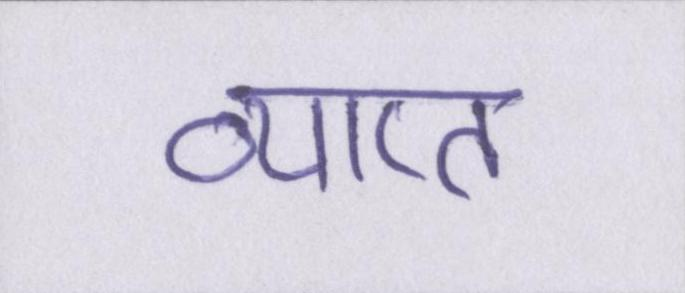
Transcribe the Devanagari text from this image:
व्याप्त